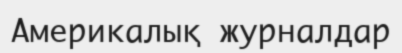
Америкалық журналдар